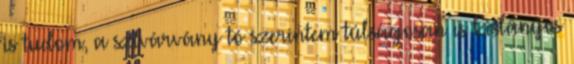
is tudom, a szivárvány tó szerintem túlságosan is kislányos